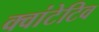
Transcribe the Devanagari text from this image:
क्वांटेटिव